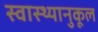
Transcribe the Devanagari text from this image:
स्वास्थ्यानुकूल